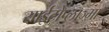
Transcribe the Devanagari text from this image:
साईटोप्लाज्मा